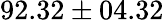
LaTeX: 92.32\pm 04.32